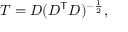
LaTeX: T = D ( D ^ { \mathsf { T } } D ) ^ { - { \frac { 1 } { 2 } } } ,